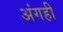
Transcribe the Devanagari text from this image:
अंगही